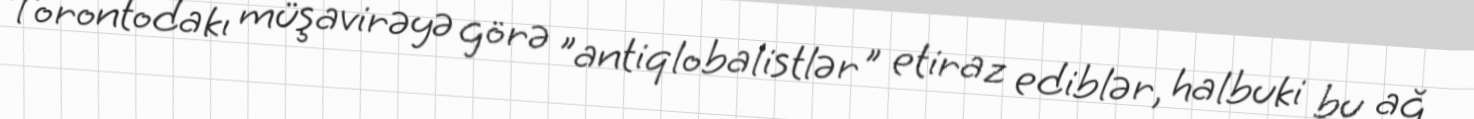
Torontodakı müşavirəyə görə ”antiqlobalistlər" etiraz ediblər, halbuki bu ağ